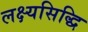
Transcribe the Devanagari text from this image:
लक्ष्यसिद्धि